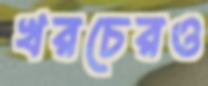
খরচেরও